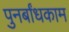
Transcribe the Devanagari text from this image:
पुनर्बांधकाम